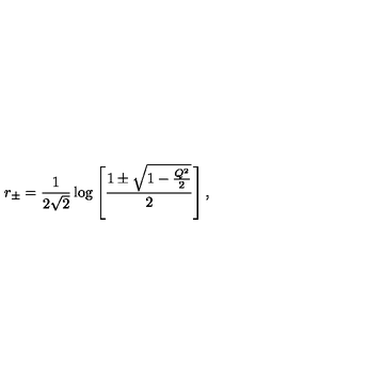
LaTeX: r _ { \pm } = { \frac { 1 } { 2 \sqrt 2 } } \log \left[ { \frac { 1 \pm \sqrt { 1 - { \frac { Q ^ { 2 } } { 2 } } } } { 2 } } \right] ,